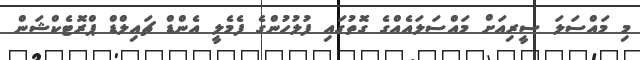
މި މައްސަލަ ސީރިއަށް މައްސަލައެއްގެ ގޮތުގައި ފުލުހުންގެ ފެމެލީ އެންޑް ޗައިލްޑް ޕްރޮޓެކްޝަން